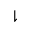
\downharpoonright